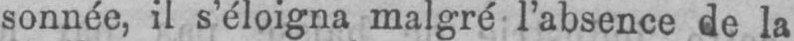
sonnée, il s’éloigna malgré l’absence de la